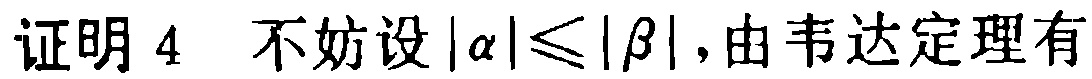
证明 4 不妨设\(|\alpha|\leqslant|\beta|\)，由韦达定理有